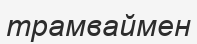
трамваймен